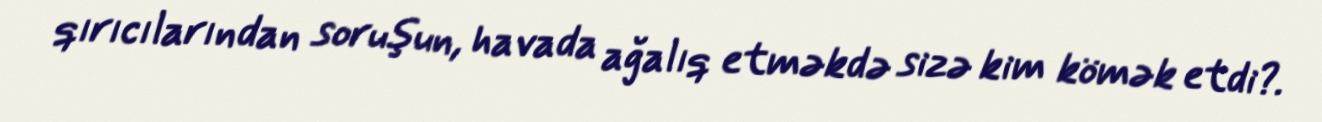
qırıcılarından soruşun, havada ağalıq etməkdə sizə kim kömək etdi?.